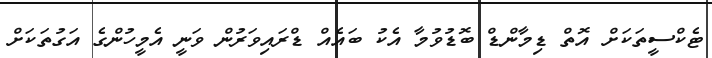
ޓެކްސީތަކަށް އޮތް ޑިމާންޑް ބޮޑުވުމާ އެކު ބައެއް ޑްރައިވަރުން ވަނީ އެމީހުންގެ އަގުތަކަށް